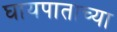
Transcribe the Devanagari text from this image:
घायपाताच्या